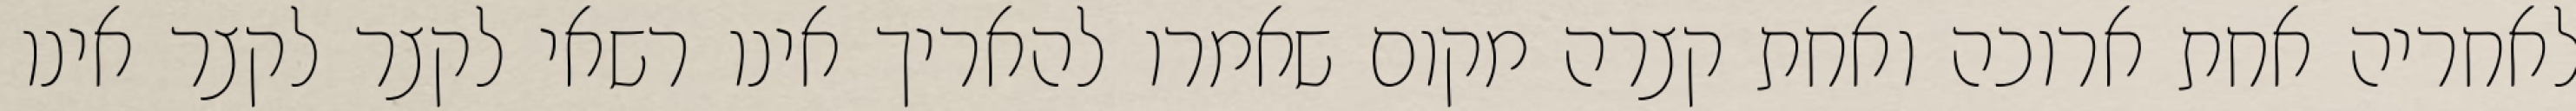
לאחריה אחת ארוכה ואחת קצרה מקום שאמרו להאריך אינו רשאי לקצר לקצר אינו